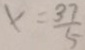
x = \frac { 3 7 } { 5 }